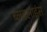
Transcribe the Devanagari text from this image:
ब्लडलाइंस